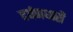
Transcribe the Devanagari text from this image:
दर्पणधारी